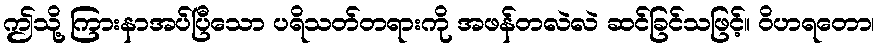
ဤသို့ ကြားနာအပ်ပြီသော ပရိသတ်တရားကို အဖန်တလဲလဲ ဆင်ခြင်သဖြင့်။ ဝိဟရတော၊